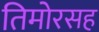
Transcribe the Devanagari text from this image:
तिमोरसह